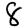
Digit: 8